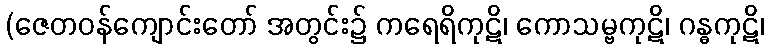
(ဇေတဝန်ကျောင်းတော် အတွင်း၌ ကရေရိကုဋိ၊ ကောသမ္ဗကုဋိ၊ ဂန္ဓကုဋိ၊